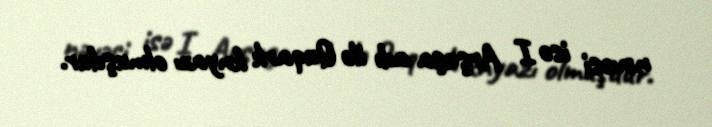
nəvəsi isə I Arşuşa adı ilə Quqark knyazı olmuşdur.